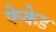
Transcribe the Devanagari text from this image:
फेकेड